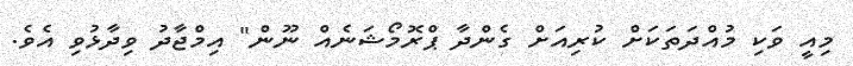
މިއީ ވަކި މުއްދަތަކަށް ކުރިއަށް ގެންދާ ޕްރޮމޯޝަނެއް ނޫން" އިމްޖާދު ވިދާޅުވި އެވެ.